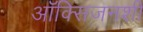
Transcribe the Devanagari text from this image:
ऑक्सिजनशी